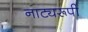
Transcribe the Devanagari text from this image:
नाट्यरूपी